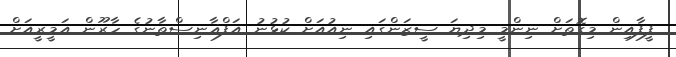
ފީފާއިން މިގޮތަށް ނިންމީ މިދިޔަ ސީޒަންގައި ނިއުއަށް ކުޅުނު އަފްޣާނިސްތާނުގެ ހާރޫން އަމީރީއަށް